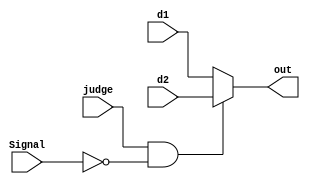
module Shifter_mux2x1(d1, d2, judge, out, Signal) ;
input d1,d2,judge ;
output out ;
input [5:0] Signal ;

parameter SLL = 6'b000000;

assign out = (judge == 1'b1 && Signal == SLL)?d2:
			  d1 ;
			  
endmodule